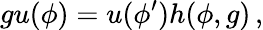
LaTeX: gu(\phi)=u(\phi^{\prime})h(\phi,g)\, ,